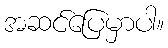
အဆင်ပြေမှာပါ။